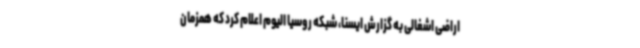
اراضی اشغالی به گزارش ایسنا، شبکه روسیا الیوم اعلام کرد که همزمان